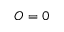
O = 0